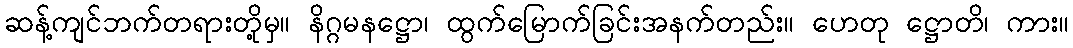
ဆန့်ကျင်ဘက်တရားတို့မှ။ နိဂ္ဂမနဋ္ဌော၊ ထွက်မြောက်ခြင်းအနက်တည်း။ ဟေတု ဋ္ဌောတိ၊ ကား။